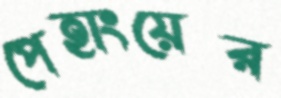
পেহাংয়ের